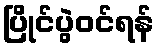
ပြိုင်ပွဲဝင်ရန်